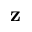
\mathbf { z }